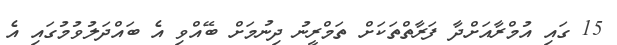
15 ގައި އުމްރާއަށްދާ ފަރާތްތަކަށް ތަމްރީނު ދިނުމަށް ބޭއްވި އެ ބައްދަލުވުމުގައި އެ